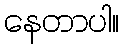
နေတာပါ။